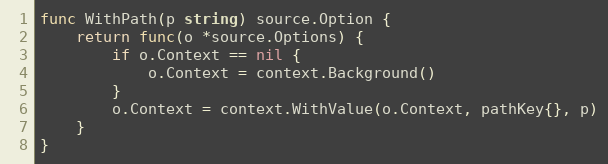
Language: Go
func WithPath(p string) source.Option {
	return func(o *source.Options) {
		if o.Context == nil {
			o.Context = context.Background()
		}
		o.Context = context.WithValue(o.Context, pathKey{}, p)
	}
}